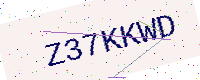
Text: Z37KKWD